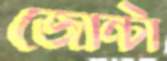
জোন্টা